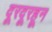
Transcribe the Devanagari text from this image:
दूरदूरहून